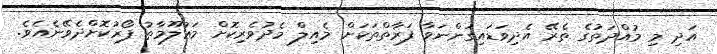
އަދި މި މުއްދަތުގެ ތެރޭ އެދިވަޑައިގަންނަވާ ފަރާތްތަކަށް މެއިލް މެދުވެރިކޮށް މަޢުލޫމާތު ފޯރުކޮށްދެވޭނެއެވެ.